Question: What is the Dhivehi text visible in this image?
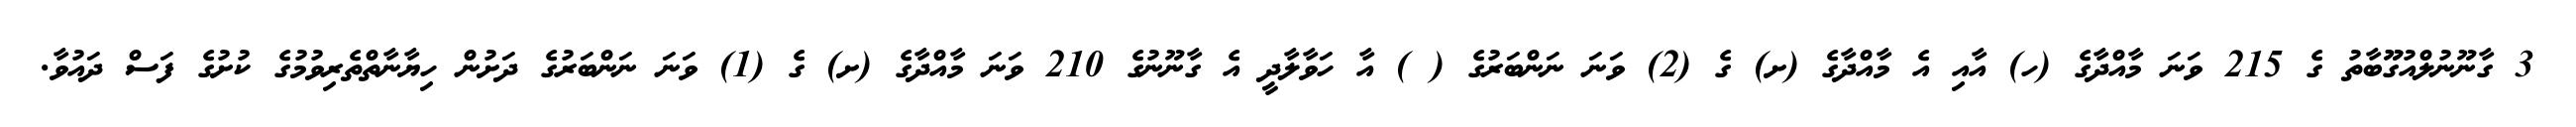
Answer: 3 ގާނޫނުލްއުގޫޫބާތު ގެ 215 ވަނަ މާއްދާގެ (ހ) އާއި އެ މާއްދާގެ (ށ) ގެ (2) ވަނަ ނަންބަރުގެ ( ) އާ ހަވާލާދީ އެ ގާނޫނުގެ 210 ވަނަ މާއްދާގެ (ށ) ގެ (1) ވަނަ ނަންބަރުގެ ދަށުން ހިޔާނާތްތެރިވުމުގެ ކުށުގެ ފަސް ދައުވާ.